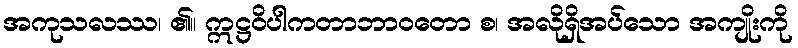
အကုသလဿ၊ ၏။ ဣဋ္ဌဝိပါကတာဘာဝတော စ၊ အလိုရှိအပ်သော အကျိုးကို